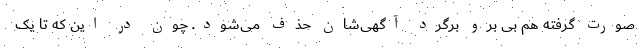
صورت گرفته هم بی برو برگرد آگهی‌شان حذف می‌شود. چون در این که تا یک